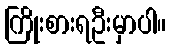
ကြိုးစားရဦးမှာပါ။